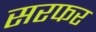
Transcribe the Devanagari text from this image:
सरफर